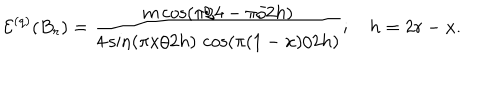
\mathcal { E } ^ { ( q ) } ( B _ { r } ) = \frac { m \cos ( \pi / 4 - \pi / 2 h ) } { 4 \sin ( \pi x / 2 h ) \, \cos ( \pi ( 1 - x ) / 2 h ) } ; \quad h = 2 r - x .